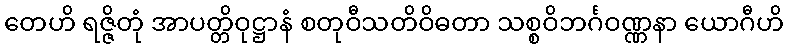
တေဟိ ရဇ္ဇိတုံ အာပတ္တိဝုဋ္ဌာနံ စတုဝီသတိဝိဓတာ သစ္စဝိဘင်္ဂဝဏ္ဏနာ ယောဂီဟိ